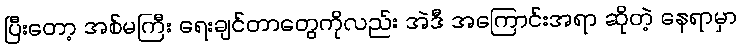
ပြီးတော့ အစ်မကြီး ရေးချင်တာတွေကိုလည်း အဲဒီ အကြောင်းအရာ ဆိုတဲ့ နေရာမှာ